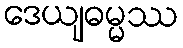
ဒေယျဓမ္မဿ